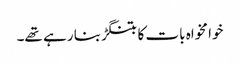
خوا مخواہ بات کا بتنگڑ بنا رہے تھے۔